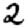
Digit: 2